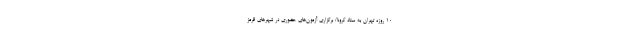
۱۰ روزه تهران به ستاد کرونا/ برگزاری آزمون‌های حضوری در شهر‌های قرمز